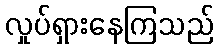
လှုပ်ရှားနေကြသည်